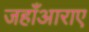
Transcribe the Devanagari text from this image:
जहाँआराए